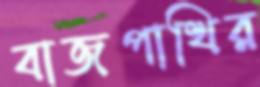
বাজপাখির